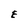
Character: E